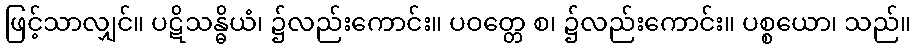
ဖြင့်သာလျှင်။ ပဋိသန္ဓိယံ၊ ၌လည်းကောင်း။ ပဝတ္တေ စ၊ ၌လည်းကောင်း။ ပစ္စယော၊ သည်။